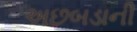
અછબડાની